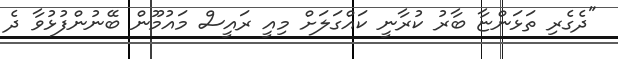
"ދެގެރި ތަޅަންޏާ ބާރު ކުރާނީ ކައްގަލަށް މިއީ ރައީސް މައުމޫން ބޭނުންފުޅުވާ ދެ